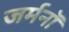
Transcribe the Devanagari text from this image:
जर्मनॉ